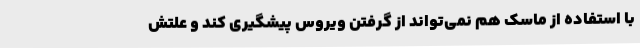
با استفاده از ماسک هم نمی‌تواند از گرفتن ویروس پیشگیری کند و علتش